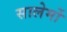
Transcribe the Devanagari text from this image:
सालेर्मो